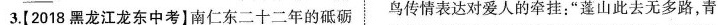
3.【2018黑龙江龙东中考】南仁东二十二年的砥砺 鸟传情表达对爱人的牵挂；”蓬山此去无多路，青